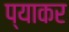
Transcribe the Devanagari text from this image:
प्याकर